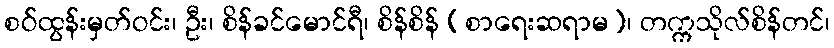
စဝ်ထွန်းမှတ်ဝင်း၊ ဦး၊ စိန်ခင်မောင်ရီ၊ စိန်စိန် (စာရေးဆရာမ)၊ တက္ကသိုလ်စိန်တင်၊